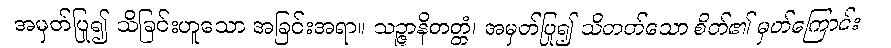
အမှတ်ပြု၍ သိခြင်းဟူသော အခြင်းအရာ။ သဉ္ဇာနိတတ္တံ၊ အမှတ်ပြု၍ သိတတ်သော စိတ်၏ မှတ်ကြောင်း